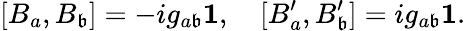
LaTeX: [B_{a},B_{\mathfrak{b}}]=-ig_{a\mathfrak{b}}{\mathbf{1}},~~~~[B_{a}^{\prime},B_{\mathfrak{b}}^{\prime}]=ig_{a\mathfrak{b}}{\mathbf{1}}.